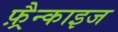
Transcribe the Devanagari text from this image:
फ़्रैन्काइज